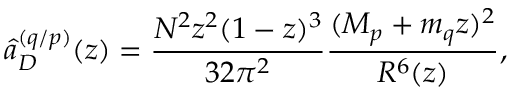
\hat { a } _ { D } ^ { ( q / p ) } ( z ) = \frac { N ^ { 2 } z ^ { 2 } ( 1 - z ) ^ { 3 } } { 3 2 \pi ^ { 2 } } \frac { ( M _ { p } + m _ { q } z ) ^ { 2 } } { R ^ { 6 } ( z ) } ,